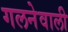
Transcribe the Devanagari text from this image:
गलनेवाली